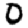
Digit: 0